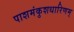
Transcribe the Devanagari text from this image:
पाशमंकुशधारिणम्